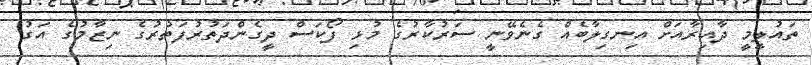
ތައުލީމީ ދާއިރާއަށް އިނގިލާބެއް ގެނެވޭނީ ސަރުކާރުގެ މުޅި ފޯކަސް ދީގެންދަތުރުފަތުރުގެ ނިޒާމުގެ އަގު